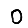
Digit: 0